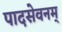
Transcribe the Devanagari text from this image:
पादसेवनम्